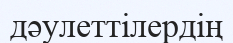
дәулеттілердің